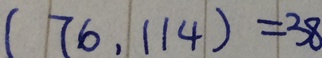
( 7 6 , 1 1 4 ) = 3 8